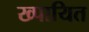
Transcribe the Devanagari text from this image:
ख्पायित